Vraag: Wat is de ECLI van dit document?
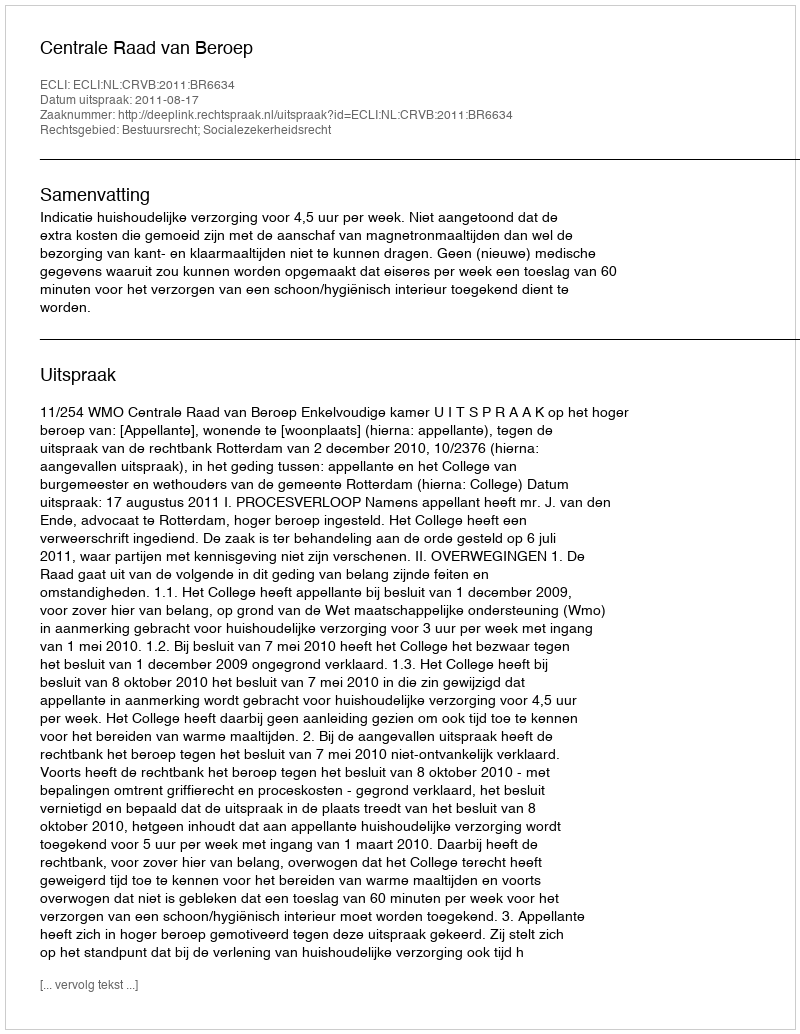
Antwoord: ECLI:NL:CRVB:2011:BR6634